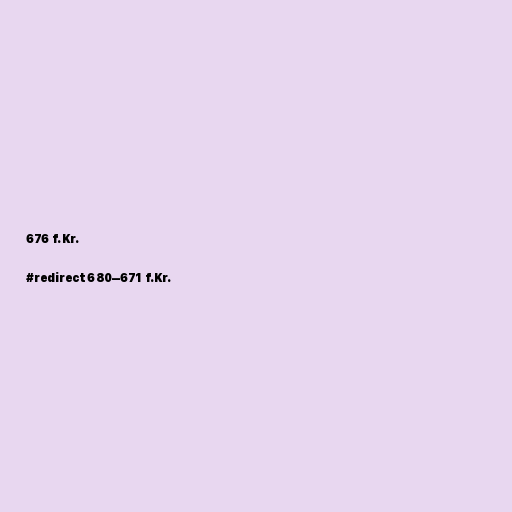
676 f.Kr.

#redirect 680–671 f.Kr.